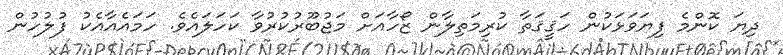
ދިޔަ ކޮންމެ ފިޔަވަޅަކުން ހަޤީޤަތާ ކުރިމަތިލާން ޒޯހާއަށް މަޖުބޫރުކުރުވާ ކަހަލައެވެ. ހަމައެއާއެކު ފުލުހުން